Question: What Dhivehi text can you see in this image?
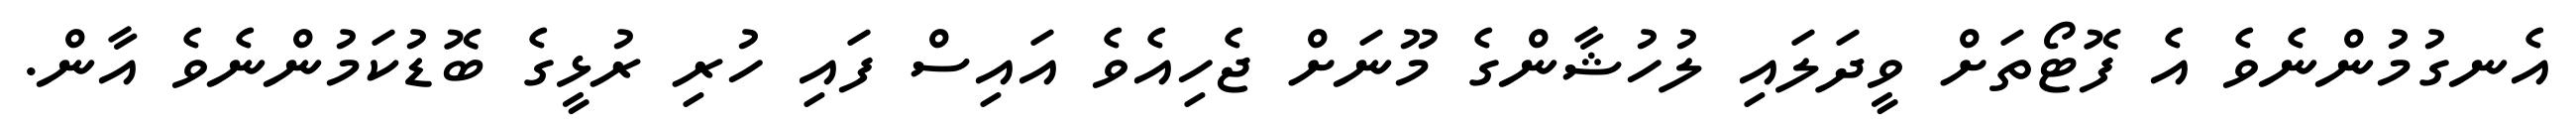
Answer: އެނގުމުންނެވެ އެ ފޮޓޯތަށް ވީދަލައި ލުހުޝާންގެ މޫނަށް ޖެހިއެވެ އައިސް ފައި ހުރި ރުޅީގެ ބޮޑުކަމުންނެވެ އާން.